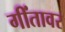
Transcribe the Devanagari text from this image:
गींतावर